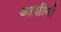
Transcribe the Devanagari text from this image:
आशीर्वा